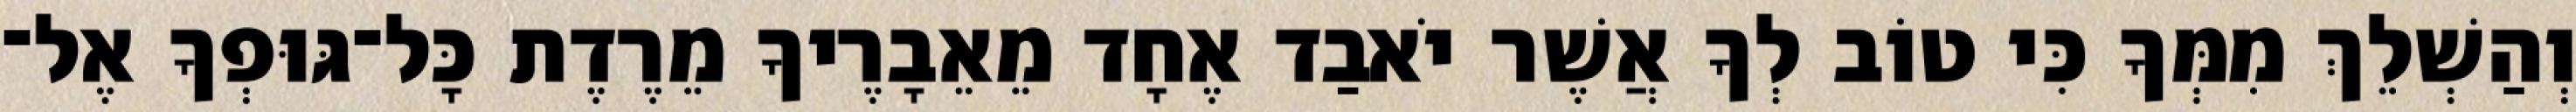
וְהַשְׁלֵךְ מִמְּךָ כִּי טוֹב לְךָ אֲשֶׁר יֹאבַד אֶחָד מֵאֵבָרֶיךָ מֵרֶדֶת כָּל־גּוּפְךָ אֶל־